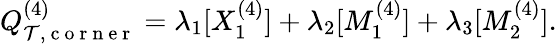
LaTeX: Q_{\mathcal{T},\mathrm{~c~o~r~n~e~r~}}^{(4)}=\lambda_{1}[X_{1}^{(4)}]+\lambda_{2}[M_{1}^{(4)}]+\lambda_{3}[M_{2}^{(4)}].